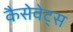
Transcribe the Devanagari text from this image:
कैसेवेट्स